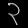
Digit: ၃